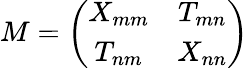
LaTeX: M=\left(\begin{array}{cc}{{X_{mm}}}&{{T_{mn}}}\\ {{T_{nm}}}&{{X_{nn}}}\end{array}\right)